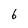
Character: 6